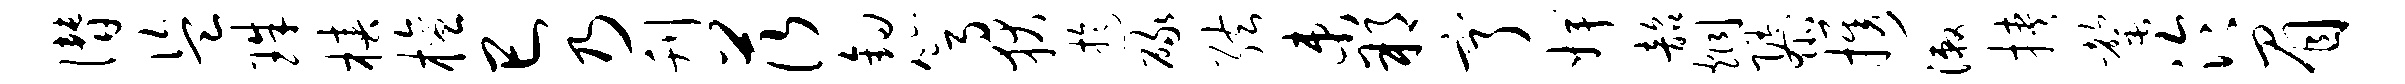
僭盗珠椿檀巳乃刊茨钩篙狄迂碌弦束朔亨婢韶炯隳携漱挟罄泠眉